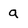
Character: a